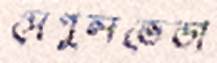
সেপুলভেডা